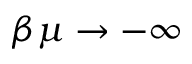
\beta \mu \rightarrow - \infty